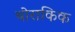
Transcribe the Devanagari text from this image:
थोराकिक